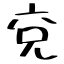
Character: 兗